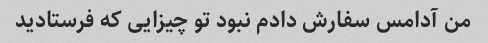
من آدامس سفارش دادم نبود تو چیزایی که فرستادید